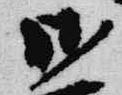
御